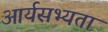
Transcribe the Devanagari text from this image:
आर्यसभ्यता